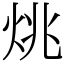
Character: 烑